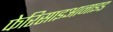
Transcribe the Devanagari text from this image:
फेरिसाइआनाइड